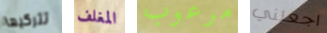
تتركيها المغلف مرعوب اجعلني